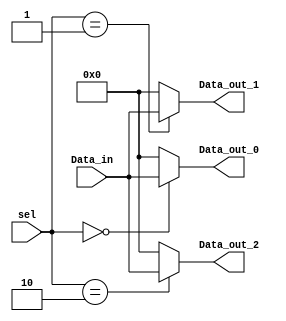
module demux1_3(Data_in, sel, Data_out_0, Data_out_1, Data_out_2);

input [63:0] Data_in; 
input [1:0]  sel;
output reg [63:0] Data_out_0, Data_out_1, Data_out_2;

always@(*)begin
	case(sel)
		0:begin
			Data_out_0 = Data_in;
			Data_out_1 = 0;
			Data_out_2 = 0;
		end
		1:begin
			Data_out_0 = 0;
			Data_out_1 = Data_in;
			Data_out_2 = 0;
		end
		2:begin
			Data_out_0 = 0;
			Data_out_1 = 0;
			Data_out_2 = Data_in;
		end
		default:begin
			Data_out_0 = 0;
			Data_out_1 = 0;
			Data_out_2 = 0;
		end
	endcase
end

endmodule